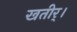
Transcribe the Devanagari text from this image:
खतीर्।